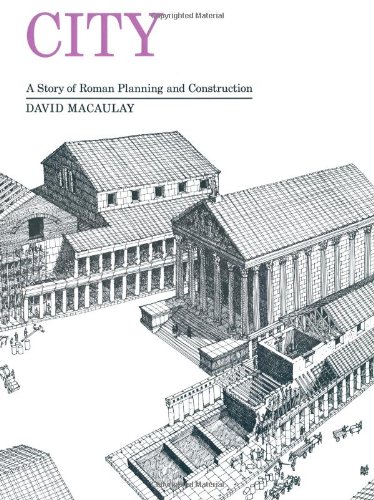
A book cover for City: A Story of Roman Planning and Construction; David Macaulay; Children's Books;